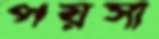
পয়সা